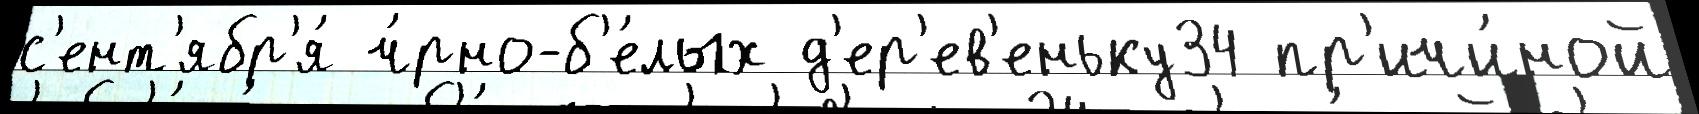
с'ент'ябр'я́ ч́рно-б'е́лых д'ер'ев'еньку34 пр'ичи́ной